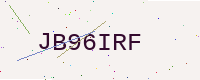
Text: JB96IRF